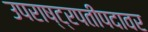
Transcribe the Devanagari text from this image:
उपराष्ट्रपतीपदावर